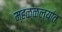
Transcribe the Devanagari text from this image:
म्हळ्ळल्यांत